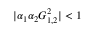
| \alpha _ { 1 } \alpha _ { 2 } G _ { 1 , 2 } ^ { 2 } | < 1